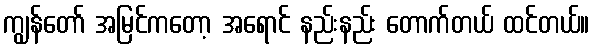
ကျွန်တော် အမြင်ကတော့ အရောင် နည်းနည်း တောက်တယ် ထင်တယ်။